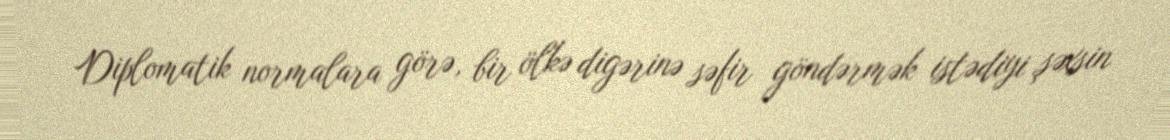
Diplomatik normalara görə, bir ölkə digərinə səfir göndərmək istədiyi şəxsin